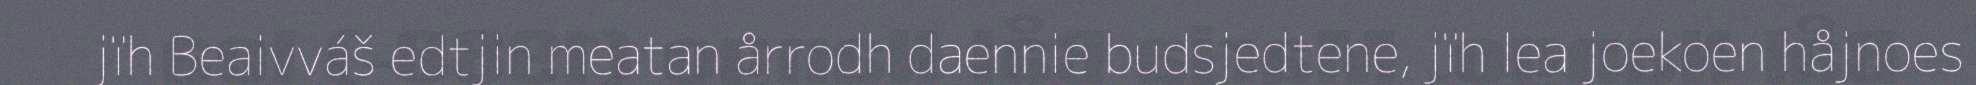
jïh Beaivváš edtjin meatan årrodh daennie budsjedtene, jïh lea joekoen håjnoes